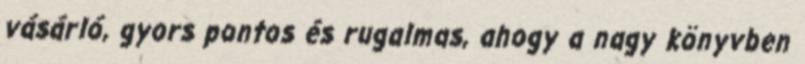
vásárló, gyors pontos és rugalmas, ahogy a nagy könyvben